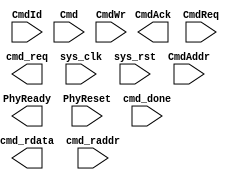
// hs_cmd_if.v --- 
// 
// Description: 
// Maintainer: 
// Version: 
// Last-Updated: 
//           By: 
//     Update #: 0
// URL: 
// Keywords: 
// Compatibility: 
// 
// 

// Commentary: 
// 
// 
// 
// 

// Change log:
// 
// 
// 

// -------------------------------------
// Naming Conventions:
// 	active low signals                 : "*_n"
// 	clock signals                      : "clk", "clk_div#", "clk_#x"
// 	reset signals                      : "rst", "rst_n"
// 	generics                           : "C_*"
// 	user defined types                 : "*_TYPE"
// 	state machine next state           : "*_ns"
// 	state machine current state        : "*_cs"
// 	combinatorial signals              : "*_com"
// 	pipelined or register delay signals: "*_d#"
// 	counter signals                    : "*cnt*"
// 	clock enable signals               : "*_ce"
// 	internal version of output port    : "*_i"
// 	device pins                        : "*_pin"
// 	ports                              : - Names begin with Uppercase
// Code:
module hs_cmd_if(/*AUTOARG*/
   // Outputs
   PhyReady, CmdAck, cmd_req, cmd_rdata,
   // Inputs
   sys_clk, sys_rst, PhyReset, CmdReq, CmdId, Cmd, CmdAddr, CmdWr,
   cmd_done, cmd_raddr
   );
   input sys_clk;
   input sys_rst;

   input PhyReset;
   output PhyReady;
   
   input         CmdReq;
   output 	 CmdAck;
   input [4:0] 	 CmdId;
   input [31:0]  Cmd;
   input [3:0] 	 CmdAddr;
   input 	 CmdWr;

   input 	 cmd_done;
   output 	 cmd_req;
   input [4:0] 	 cmd_raddr;
   output [31:0] cmd_rdata;
	 
endmodule // hs_cmd_if
// Local Variables:
// verilog-library-directories:("." "../../pcores/sata_v1_00_a/hdl/verilog" )
// verilog-library-files:(".")
// verilog-library-extensions:(".v" ".h")
// End:
// 
// hs_cmd_if.v ends here